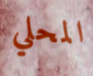
المحلي